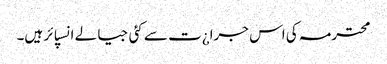
محترمہ کی اس جرا¿ت سے کئی جیالے انسپائر ہیں۔